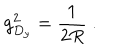
LaTeX: g _ { D _ { y } } ^ { 2 } = \frac { 1 } { 2 R } \ .